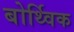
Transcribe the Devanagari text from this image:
बोर्थ्विक